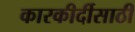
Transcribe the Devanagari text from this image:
कारकीर्दीसाठी